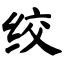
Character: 绞